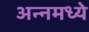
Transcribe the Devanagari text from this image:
अन्नमध्ये